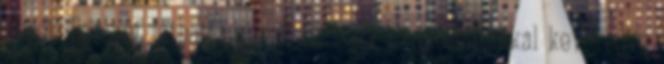
népet. Esélyét láthatta annak is, hogy az izraelitákkal keveredve